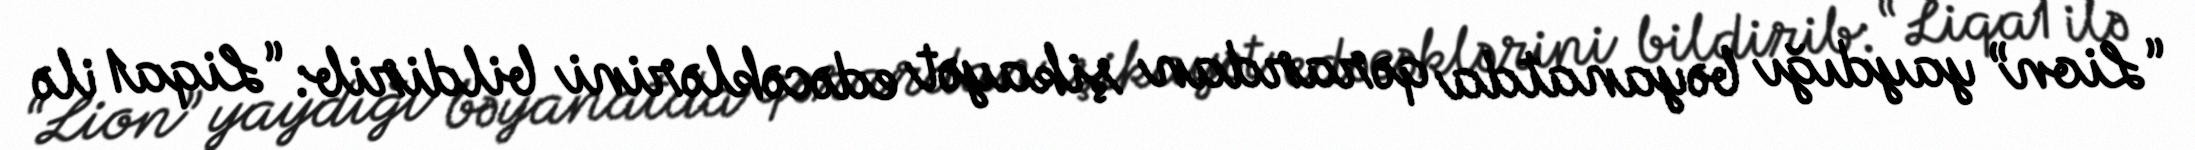
“Lion” yaydığı bəyanatda qərardan şikayət edəcəklərini bildirib: “Liqa1 ilə